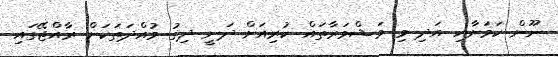
ނޫން ކަމަށާއި އަދި މި މަޝްވަރާތައް ކުރިއަށް ދަނީ ދިގު މުއްދަތަކަށް ރާއްޖޭގައި